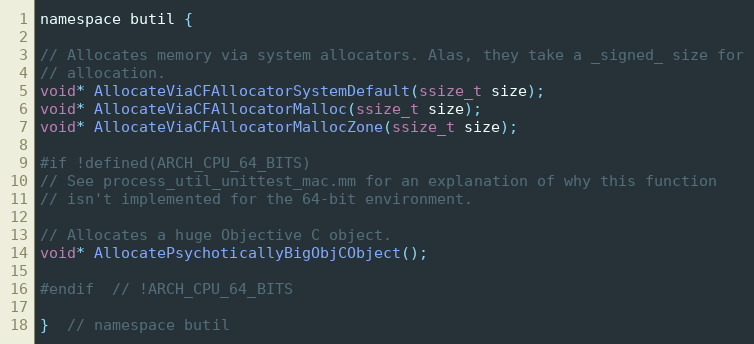
Language: C
namespace butil {

// Allocates memory via system allocators. Alas, they take a _signed_ size for
// allocation.
void* AllocateViaCFAllocatorSystemDefault(ssize_t size);
void* AllocateViaCFAllocatorMalloc(ssize_t size);
void* AllocateViaCFAllocatorMallocZone(ssize_t size);

#if !defined(ARCH_CPU_64_BITS)
// See process_util_unittest_mac.mm for an explanation of why this function
// isn't implemented for the 64-bit environment.

// Allocates a huge Objective C object.
void* AllocatePsychoticallyBigObjCObject();

#endif  // !ARCH_CPU_64_BITS

}  // namespace butil